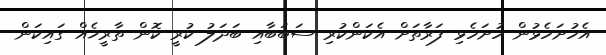
އެހުށަހެޅުން ހުށަހެޅި ފަރާތަށް އެކަންކުރި ސަބަބާއި ބަދަލު ކުރީ ކޮން ތާރީޚެއް ގައިކަން